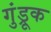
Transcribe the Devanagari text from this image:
गुंड्रूक